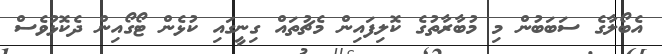
އެބޯލާގެ ސަބަބުން މި މުބާރާތުގެ ކޮލިފައިން މެޗުތައް ގިނީގައި ކުޅެން ޓޯގޯއިން ދެކޮޅުވެސް